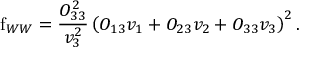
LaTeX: \mathrm { f } _ { W W } = \frac { O _ { 3 3 } ^ { 2 } } { v _ { 3 } ^ { 2 } } \left( O _ { 1 3 } v _ { 1 } + O _ { 2 3 } v _ { 2 } + O _ { 3 3 } v _ { 3 } \right) ^ { 2 } .